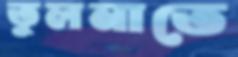
তুলনাতে